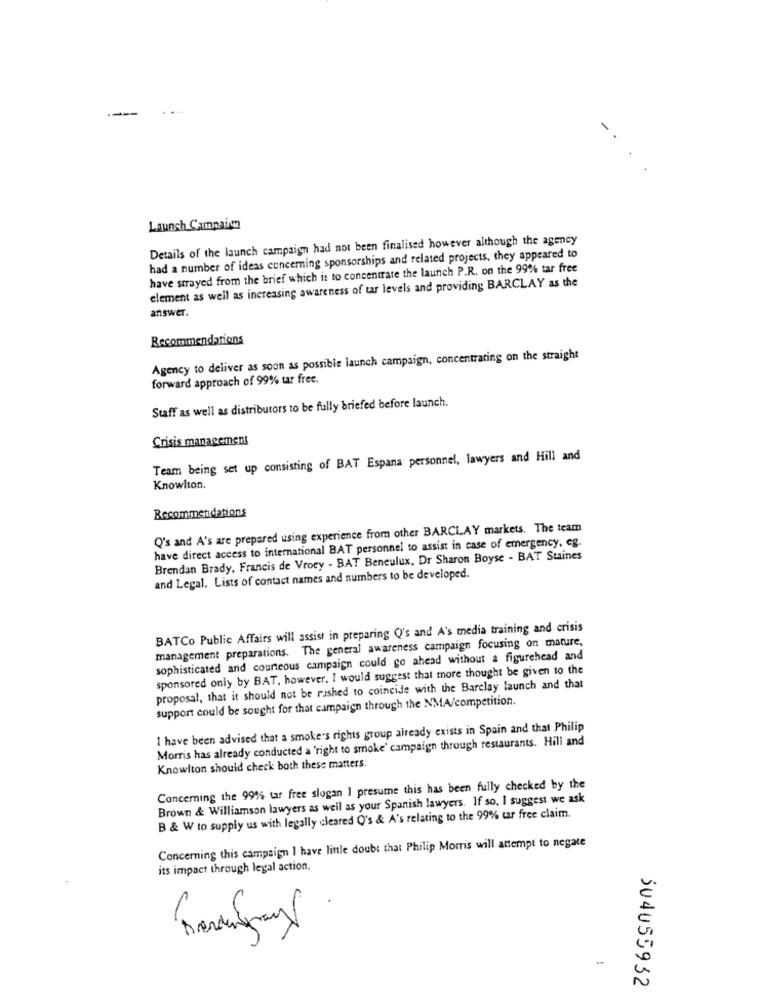
--
Launch Campaign
Details of the launch campaign had not been finalised however although the agency
had a number of ideas concerning sponsorships and related projects, they appeared to
have strayed from the brief which is to concentrate the launch P.R. on the 99% tar free
element as well as increasing awareness of tar levels and providing BARCLAY as the
answer.
Recommendations
Agency to deliver as soon as possible launch campaign, concentrating on the straight
forward approach of 99% tar free.
Staff as well as distributors to be fully briefed before launch.
Crisis management
Team being set up consisting of BAT Espana personnel, lawyers and Hill and
Knowlton.
Recommendations
Q's and A's are prepared using experience from other BARCLAY markets. The team
have direct access to international BAT personnel to assist in case of emergency, eg.
Brendan Brady, Francis de Vroey - BAT Beneulux. Dr Sharon Boyse - BAT Staines
and Legal. Lists of contact names and numbers to be developed.
BATCo Public Affairs will assist in preparing Q's and A's media training and crisis
management preparations. The general awareness campaign focusing on mature,
sophisticated and courteous campaign could go ahead without a figurehead and
sponsored only by BAT, however. I would suggest that more thought be given to the
proposal, that it should not be rushed to coincide with the Barclay launch and that
support could be sought for that campaign through the NMA/competition.
1 have been advised that a smoke's rights group already exists in Spain and that Philip
Morris has already conducted a 'right to smoke' campaign through restaurants. Hill and
Knowlton should check both these matters.
Concerning the 99% tar free slogan I presume this has been fully checked by the
Brown & Williamson lawyers as well as your Spanish lawyers. If so, I suggest we ask
B & W to supply us with legally cleared Q's & A's relating to the 99% tar free claim.
Concerning this campaign I have little doubt that Philip Morris will attempt to negate
its impact through legal action.
304055932